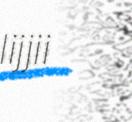
lijjii